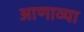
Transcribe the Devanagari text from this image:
आणाव्या